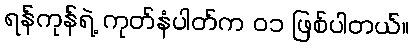
ရန်ကုန်ရဲ့ ကုတ်နံပါတ်က ၀၁ ဖြစ်ပါတယ်။